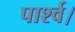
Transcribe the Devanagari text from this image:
पार्श्व।